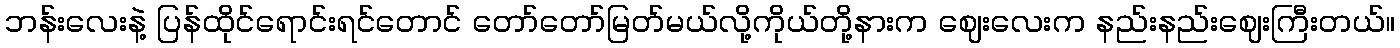
ဘန်းလေးနဲ့ ပြန်ထိုင်ရောင်းရင်တောင် တော်တော်မြတ်မယ်လို့ကိုယ်တို့နားက ဈေးလေးက နည်းနည်းဈေးကြီးတယ်။